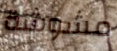
مشوشة